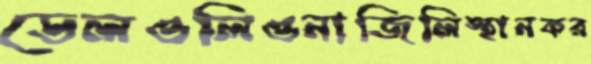
ডেলওলিওনাজিলিস্থানকর